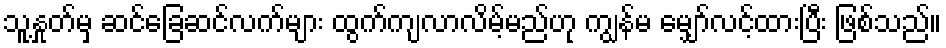
သူ့နှုတ်မှ ဆင်ခြေဆင်လက်များ ထွက်ကျလာလိမ့်မည်ဟု ကျွန်မ မျှော်လင့်ထားပြီး ဖြစ်သည်။